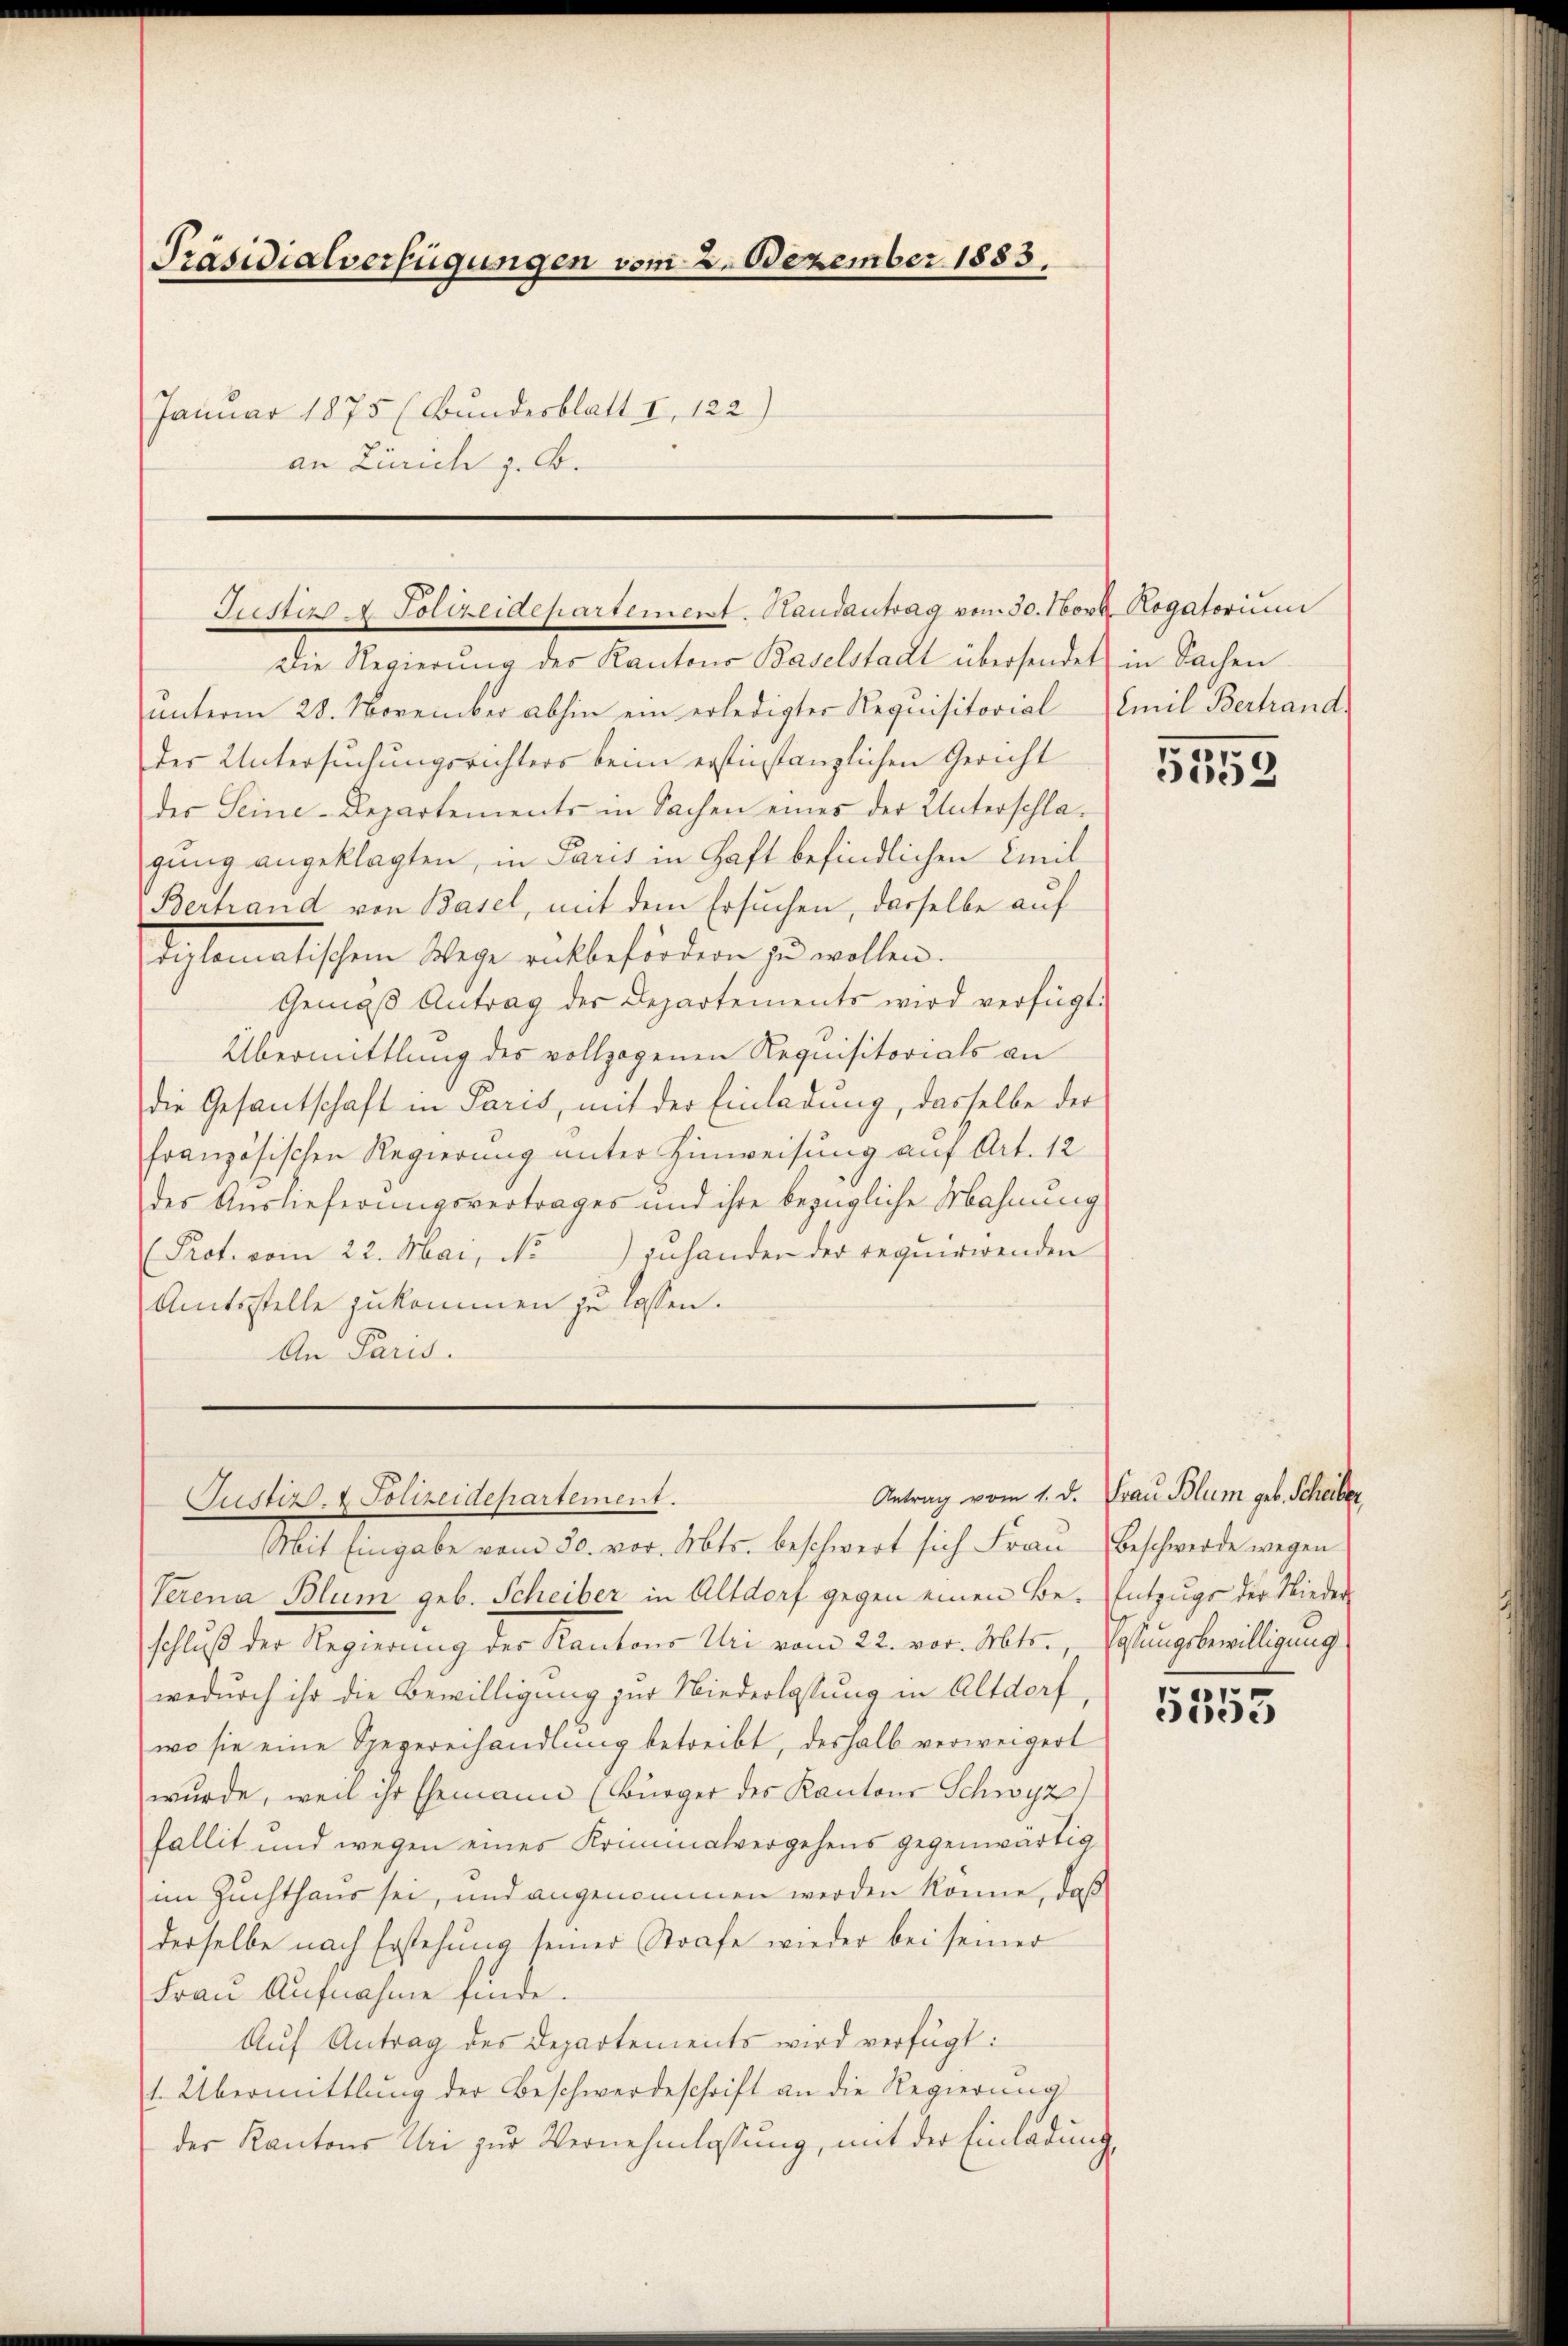
Präsidialverfügungen vom 2. Dezember 1883.
Januar 1875 (Bundesblatt I. 122)
an Zürich z. B.

Justiz & Polizeidepartement. Randantrag vom 30. Novb. Rogatorium
Die Regierŭng des Kantons Baselstadt übersendet in Sachen

ŭnterm 28. November abhin ein erledigter Requisitorial Emil Berhand
der Untersuchungsrichters beim erstinstanzlichen Gericht
der Seine-Departements in Sachen eines der Unterschlagung angeklagten, in Paris in Haft befindlichen Emil
Bertrand von Basel, mit dem Ersuchen, dasselbe auf
tiplomatischen Wege entbefördern zu wollen.
Gemäβ Antrag der Departements wird verfügt:
Übermittlung des vollzogenen Requisitorials an
die Gesantschaft in Paris, mit der Einladung, dasselbe der
französischen Regierung unter Hinweisung auf Art. 12
des Auslieferungsvertrages und ihre bezügliche Mahnung
Prot. vom 22. Mai, N. zuhanden der requirirenden
Amtsstelle zukommen zu lassen.
An Paris.

Justiz- & Polizeidepartement.

Mit Eingabe vom 30. vor. Mts. beschwert sich Frau
Verena Blum geb. Scheiber in Altdorf gegen einen Be- Entzugs der Nieder-
schluß der Regierung des Kantons Uri vom 22. vor. Mts., Passungsbewilligung
wedurch ihr die Bewilligung zur Niederlassung in Altdorf
wo sie eine Spezereihandlung betreibt, deshalb verweigert
wurde, weil ihr Ehemann (Bürger des Kantons Schwyz)
fallit und wegen eines Kriminalvergehens gegenwärtig
im Zuchthaus sei, und angenommen werden könne, daß
derselbe nach Erstehung seiner Strafe wieder bei seiner
Frau Aufnahme finde.
Auf Antrag des Departements wird verfügt:
1. Übermittlung der Beschwerdeschrift an die Regierung
der Kantons Uri zur Vernehmlassung, mit der Einladung

553

Antrag vom 1. d. Frau Blum geb. Scheiber,
Beschwerde wegen

1
)